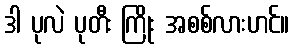
ဒါ ပုလဲ ပုတီး ကြိုး အစစ်လားဟင်။